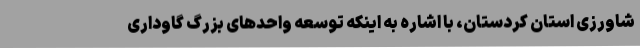
شاورزی استان کردستان، با اشاره به اینکه توسعه واحدهای بزرگ گاوداری